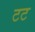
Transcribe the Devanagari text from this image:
टट